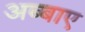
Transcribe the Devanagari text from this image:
अब्बाए